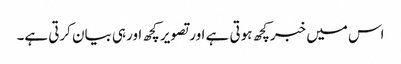
اس میں خبرکچھ ہوتی ہے اورتصویر کچھ اورہی بیان کرتی ہے۔